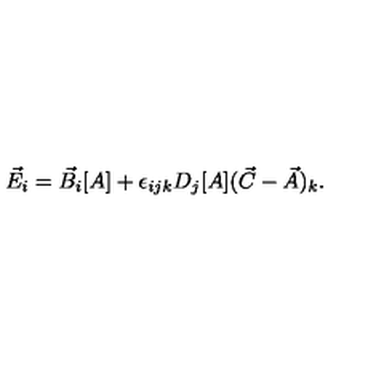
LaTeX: \vec { E } _ { i } = \vec { B } _ { i } [ A ] + \epsilon _ { i j k } D _ { j } [ A ] ( \vec { C } - \vec { A } ) _ { k } .